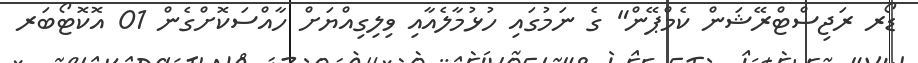
ޑޯރ ރަޖިސްޓްރޭޝަން ކެމްޕޭން" ގެ ނަމުގައި ހުޅުމާލެއާއި ވިލިގިއްޔަށް ހާއްސަކޮށްގެން 01 އޮކޮޓޯބަރ